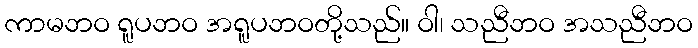
ကာမဘဝ ရူပဘဝ အရူပဘဝတို့သည်။ ဝါ၊ သညီဘဝ အသညီဘဝ